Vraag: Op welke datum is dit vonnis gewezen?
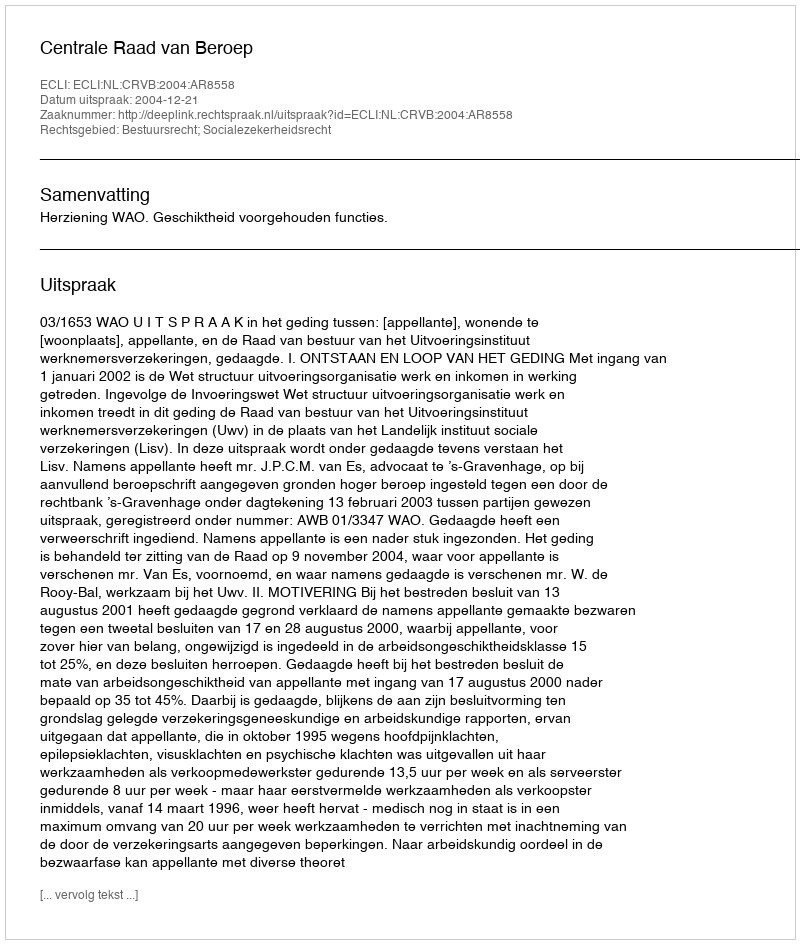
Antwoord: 2004-12-21